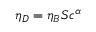
\eta _ { D } = \eta _ { B } S c ^ { \alpha }